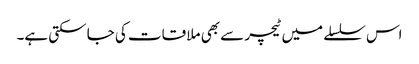
اس سلسلے میں ٹیچر سے بھی ملا قات کی جا سکتی ہے۔